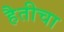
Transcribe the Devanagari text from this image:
हैतीचा